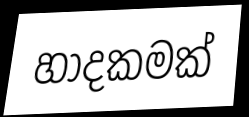
හාදකමක්